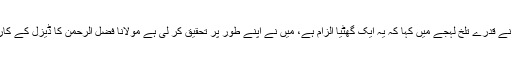
یہ سن کر شامزئی صاحب نے قدرے تلخ لہجے میں کہا کہ یہ ایک گھٹیا الزام ہے، میں نے اپنے طور پر تحقیق کر لی ہے مولانا فضل الرحمٰن کا ڈیزل کے کاروبار سے کوئی تعلق نہیں۔